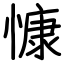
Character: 慷